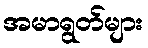
အမာရွတ်များ